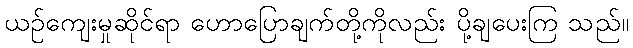
ယဉ်ကျေးမှုဆိုင်ရာ ဟောပြောချက်တို့ကိုလည်း ပို့ချပေးကြ သည်။